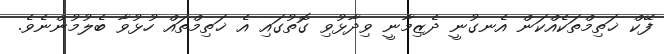
ފޭކް ޚަތިމްތަކެއްކަން އެނގުނީ ދެޒިމާނީ ވިދާޅުވި ގޮތުގައި އެ ޚަތިމްތައް ހުޅުވާ ބެލުމުންނެވެ.